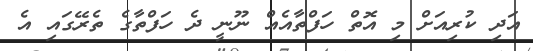
އަދި ކުރިއަށް މި އޮތް ހަފްތާއެއް ނޫނީ ދެ ހަފްތާގެ ތެރޭގައި އެ